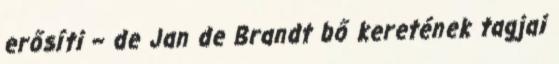
erősíti – de Jan de Brandt bő keretének tagjai